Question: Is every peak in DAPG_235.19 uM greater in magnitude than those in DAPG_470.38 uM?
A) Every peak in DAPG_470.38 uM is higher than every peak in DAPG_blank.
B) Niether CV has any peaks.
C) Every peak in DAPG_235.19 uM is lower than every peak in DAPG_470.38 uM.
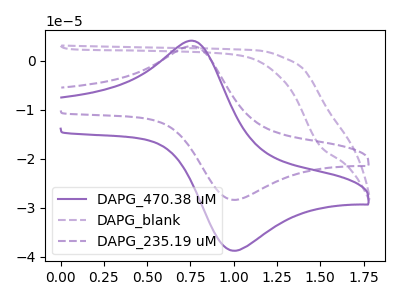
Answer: <think>The purple curve "DAPG_470.38 uM" has an anodic peak at (0.80V, 3.90uA) and a cathodic peak at (1.00V, -38.75uA). The purple dashed curve "DAPG_blank" has no peaks. The purple dashed curve "DAPG_235.19 uM" has an anodic peak at (0.80V, 2.85uA) and a cathodic peak at (1.00V, -28.40uA).</think>
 <answer>C) Every peak in "DAPG_235.19 uM" is lower than every peak in "DAPG_470.38 uM".</answer>
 <eval>C</eval>